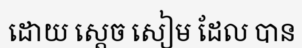
ដោយ ស្តេច សៀម ដែល បាន